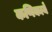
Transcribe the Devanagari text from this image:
कणिकायें